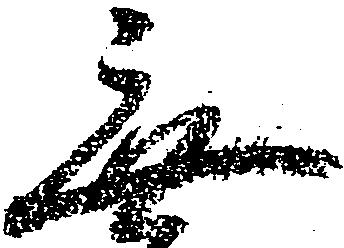
無